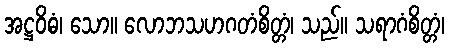
အဋ္ဌဝိဓံ၊ သော။ လောဘသဟဂတံစိတ္တံ၊ သည်။ သရာဂံစိတ္တံ၊